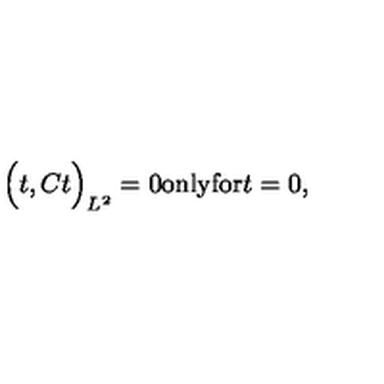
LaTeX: \Big ( t , C t \Big ) _ { L ^ { 2 } } = 0 \mathrm { o n l y f o r } t = 0 ,